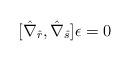
LaTeX: \begin{align*}[\hat \nabla_{\hat r} , \hat \nabla_{\hat s}] \epsilon = 0\end{align*}